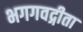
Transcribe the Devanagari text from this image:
भगगवद्गीता